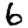
Digit: 6